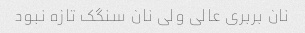
نان بربری عالی ولی نان سنگک تازه نبود